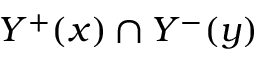
Y ^ { + } ( x ) \cap Y ^ { - } ( y )